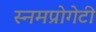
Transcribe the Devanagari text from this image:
स्नमप्रोगेटी